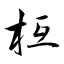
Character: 枑